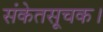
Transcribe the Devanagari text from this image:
संकेतसूचक।